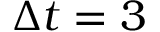
\Delta t = 3